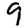
Digit: 9